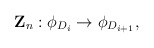
\begin{align*}{\bf Z}_n: \phi_{D_i} \rightarrow \phi_{D_{i+1}},\end{align*}